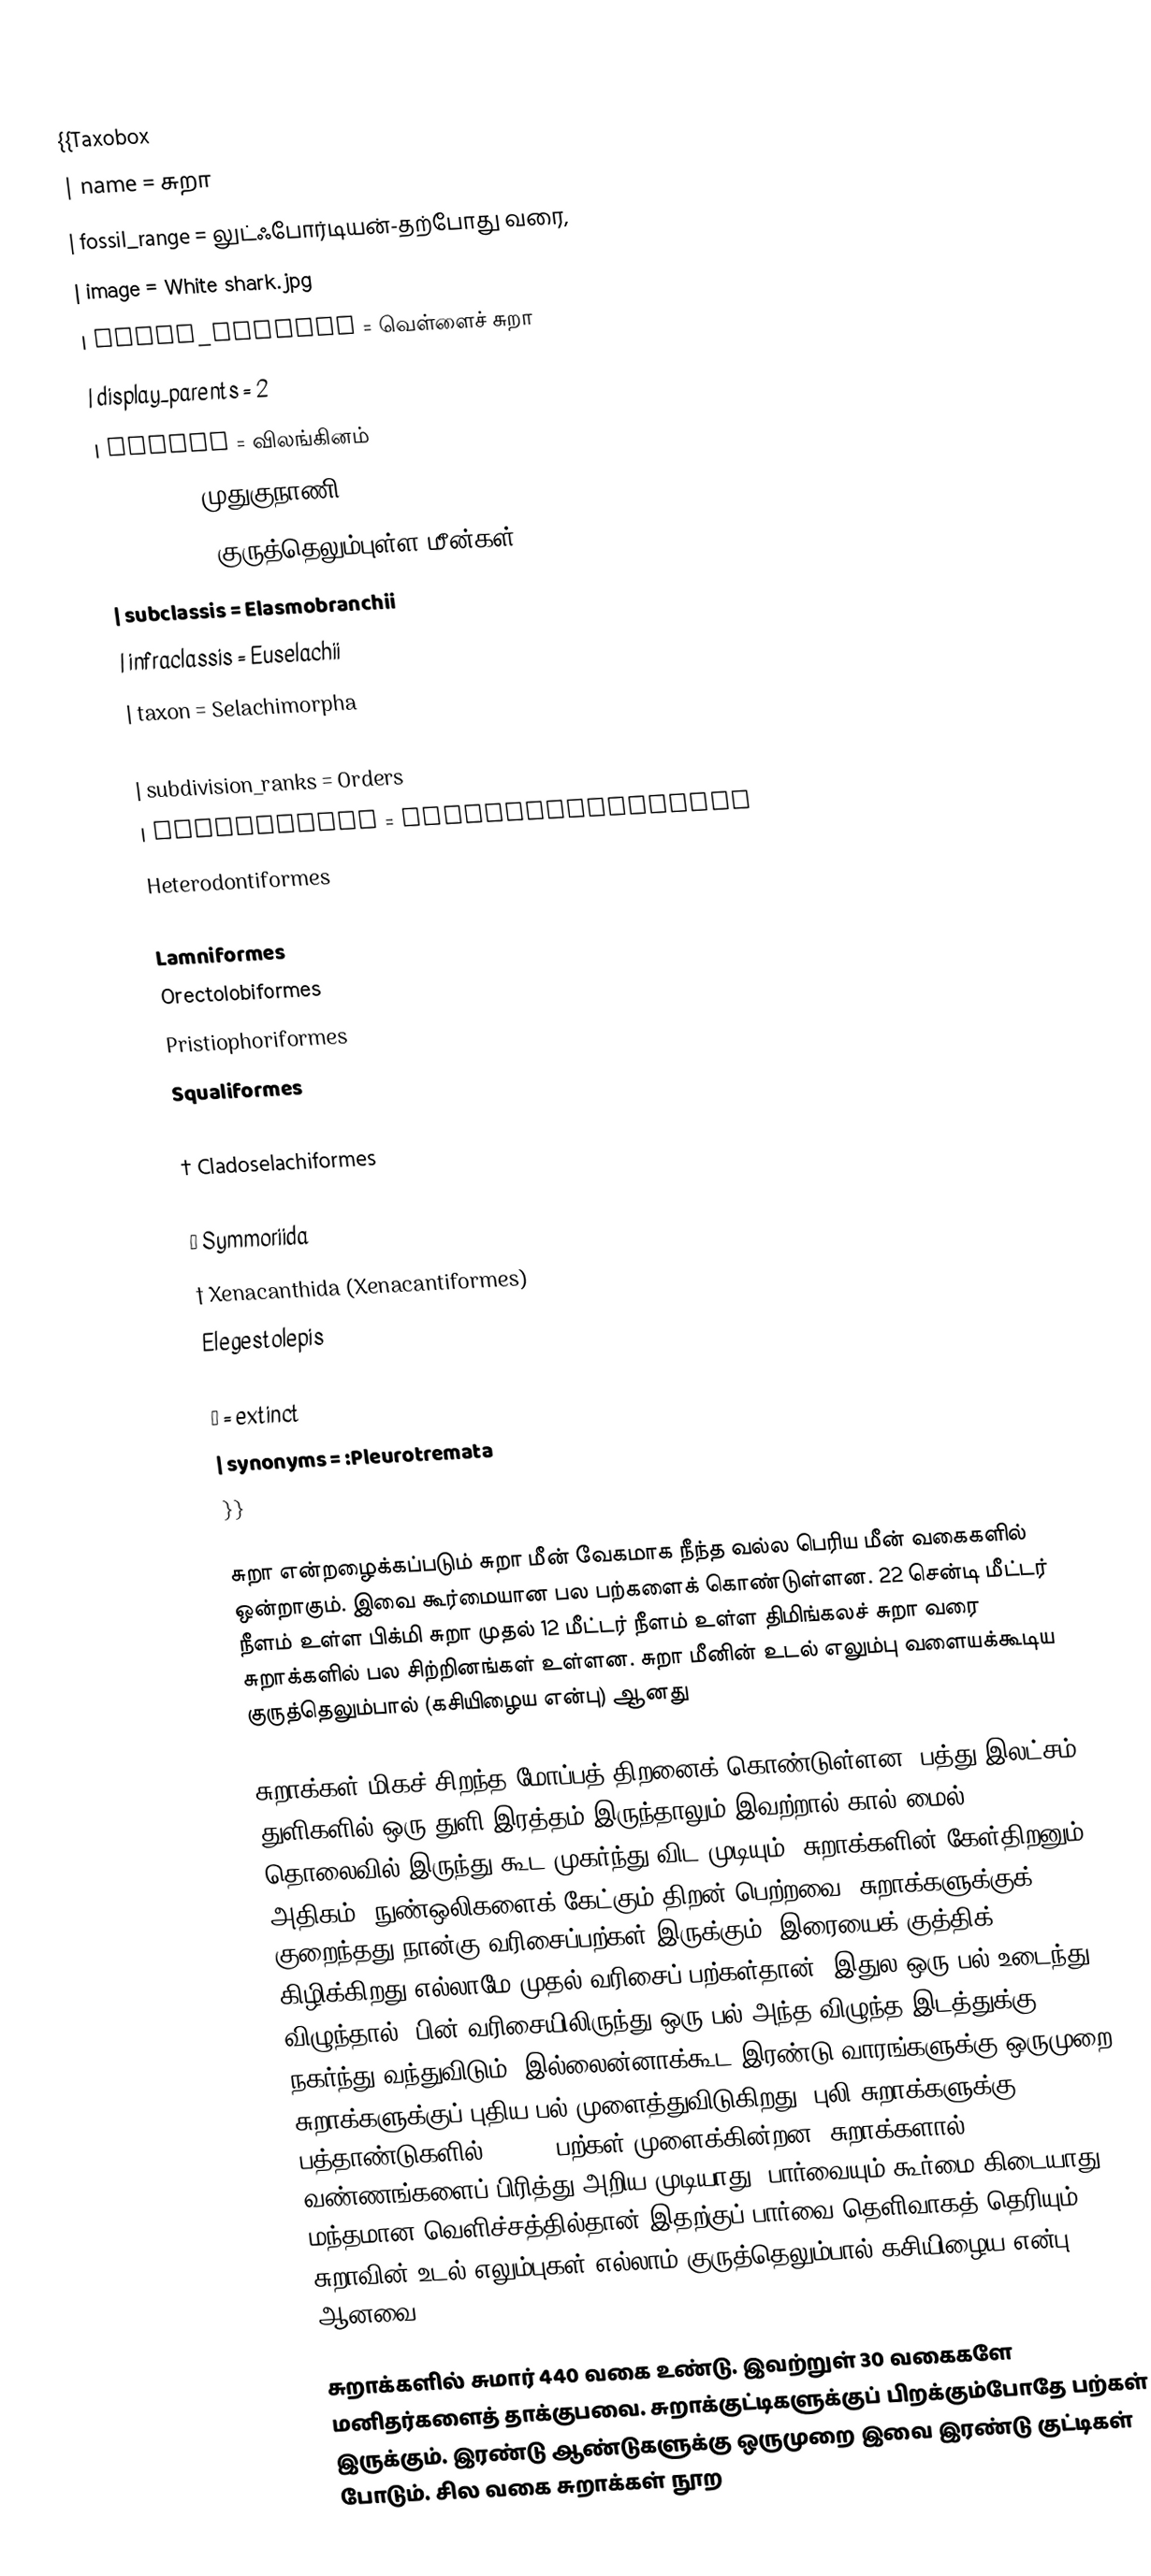
{{Taxobox
| name = சுறா
| fossil_range = லுட்ஃபோர்டியன்-தற்போது வரை,
| image = White shark.jpg
| image_caption = வெள்ளைச் சுறா
| display_parents = 2
| regnum = விலங்கினம்
| phylum = முதுகுநாணி
| classis = குருத்தெலும்புள்ள மீன்கள்
| subclassis = Elasmobranchii
| infraclassis = Euselachii
| taxon = Selachimorpha
| authority =
| subdivision_ranks = Orders
| subdivision = Carcharhiniformes
Heterodontiformes
Hexanchiformes
Lamniformes
Orectolobiformes
Pristiophoriformes
Squaliformes
Squatiniformes
† Cladoselachiformes
† Hybodontiformes
† Symmoriida
† Xenacanthida (Xenacantiformes)
 Elegestolepis

† = extinct
| synonyms = :Pleurotremata
}}

சுறா என்றழைக்கப்படும் சுறா மீன் வேகமாக நீந்த வல்ல பெரிய மீன் வகைகளில் ஒன்றாகும். இவை கூர்மையான பல பற்களைக் கொண்டுள்ளன. 22 சென்டி மீட்டர் நீளம் உள்ள பிக்மி சுறா முதல் 12 மீட்டர் நீளம் உள்ள திமிங்கலச் சுறா வரை சுறாக்களில் பல சிற்றினங்கள் உள்ளன. சுறா மீனின் உடல் எலும்பு வளையக்கூடிய குருத்தெலும்பால் (கசியிழைய என்பு) ஆனது

சுறாக்கள் மிகச் சிறந்த மோப்பத் திறனைக் கொண்டுள்ளன. பத்து இலட்சம் துளிகளில் ஒரு துளி இரத்தம் இருந்தாலும் இவற்றால் கால் மைல் தொலைவில் இருந்து கூட முகர்ந்து விட முடியும். சுறாக்களின் கேள்திறனும் அதிகம்; நுண்ஒலிகளைக் கேட்கும் திறன் பெற்றவை. சுறாக்களுக்குக் குறைந்தது நான்கு வரிசைப்பற்கள் இருக்கும். இரையைக் குத்திக் கிழிக்கிறது எல்லாமே முதல் வரிசைப் பற்கள்தான். இதுல ஒரு பல் உடைந்து விழுந்தால், பின் வரிசையிலிருந்து ஒரு பல் அந்த விழுந்த இடத்துக்கு நகர்ந்து வந்துவிடும். இல்லைன்னாக்கூட இரண்டு வாரங்களுக்கு ஒருமுறை சுறாக்களுக்குப் புதிய பல் முளைத்துவிடுகிறது. புலி சுறாக்களுக்கு பத்தாண்டுகளில் 24,000 பற்கள் முளைக்கின்றன. சுறாக்களால் வண்ணங்களைப் பிரித்து அறிய முடியாது. பார்வையும் கூர்மை கிடையாது. மந்தமான வெளிச்சத்தில்தான் இதற்குப் பார்வை தெளிவாகத் தெரியும். சுறாவின் உடல் எலும்புகள் எல்லாம் குருத்தெலும்பால்(கசியிழைய என்பு) ஆனவை

சுறாக்களில் சுமார் 440 வகை உண்டு. இவற்றுள் 30 வகைகளே மனிதர்களைத் தாக்குபவை. சுறாக்குட்டிகளுக்குப் பிறக்கும்போதே பற்கள் இருக்கும். இரண்டு ஆண்டுகளுக்கு ஒருமுறை இவை இரண்டு குட்டிகள் போடும். சில வகை சுறாக்கள் நூற